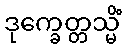
ဒုက္ခေတ္တသ္မိံ